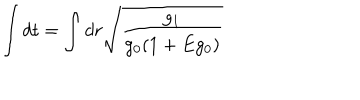
LaTeX: \int d t = \int d r \sqrt { \frac { g _ { 1 } } { g _ { 0 } ( 1 + E g _ { 0 } ) } } \;